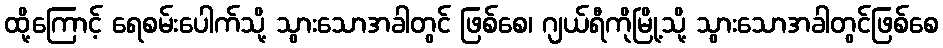
ထို့ကြောင့် ရေစမ်းပေါက်သို့ သွားသောအခါတွင် ဖြစ်စေ၊ ဂျယ်ရီကိုမြို့သို့ သွားသောအခါတွင်ဖြစ်စေ